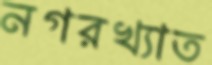
নগরখ্যাত